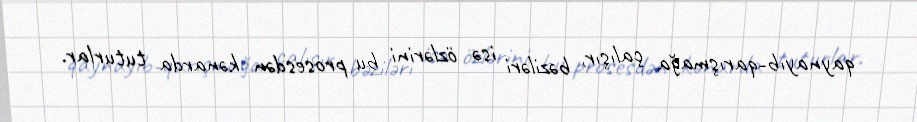
qaynayıb-qarışmağa çalışır, bəziləri isə özlərini bu prosesdən kənarda tuturlar.